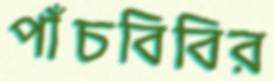
পাঁচবিবির